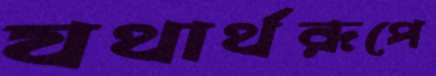
যথার্থরূপে